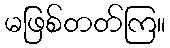
မဖြစ်တတ်ကြ။